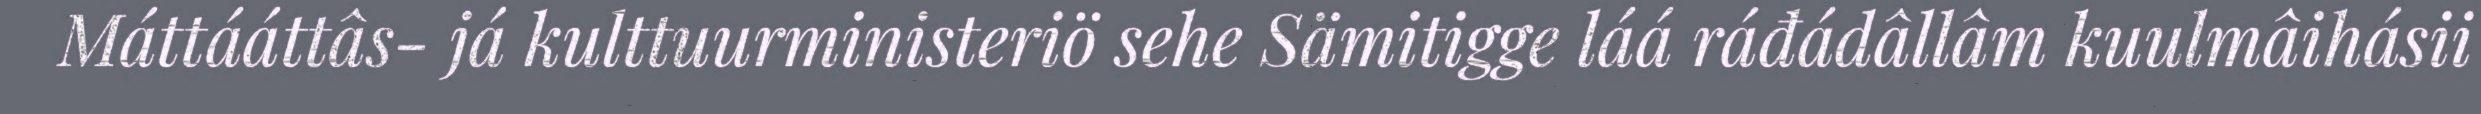
Máttááttâs- já kulttuurministeriö sehe Sämitigge láá ráđádâllâm kuulmâihásii